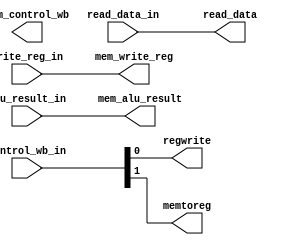
`timescale 1ns / 1ps
/* mem_wb.v */
module mem_wb(
    
	input		wire	[1:0]		control_wb_in,
	input		wire	[31:0]	read_data_in, alu_result_in,
	input		wire	[4:0]		write_reg_in,
	output	reg				regwrite, memtoreg,
	output	reg	[31:0]	read_data, mem_alu_result,
	output	reg	[4:0]		mem_write_reg,
	output  reg [2:0]   mem_control_wb
    );

initial begin
	regwrite <= 0;
	memtoreg <= 0;
	read_data <= 0;
	mem_alu_result <= 0;
	mem_write_reg <= 0;
end

always@* begin
	#1
	regwrite <= control_wb_in[0];
	memtoreg <= control_wb_in[1];
	read_data <= read_data_in;
	mem_alu_result <= alu_result_in;
	mem_write_reg <= write_reg_in; 
end

endmodule // mem_wb